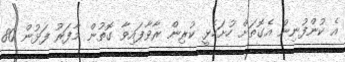
އެ ކުންފުނިން އެގޮތަށް ހުށަހެޅީ ކުރިން ރާވާފައިވާ ގޮތުން މާފަރު ފަޅުން 80